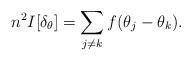
LaTeX: \begin{align*} n^2 I[\delta_{\theta}] = \sum_{j \neq k} f(\theta_j - \theta_k). \end{align*}